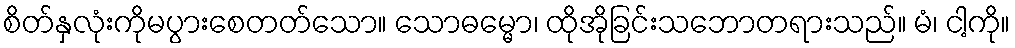
စိတ်နှလုံးကိုမပွားစေတတ်သော။ သောဓမ္မော၊ ထိုအိုခြင်းသဘောတရားသည်။ မံ၊ ငါ့ကို။